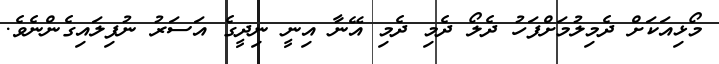
މޯޅިއަކަށް ދެމިލުމަށްފަހު ދެލޯ ދެމި ދެމި އޭނާ އިނީ ނިދީގެ އަސަރު ނުފިލައިގެންނެވެ.